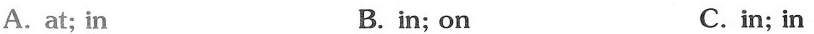
A.at; in B.in; on C.in; in